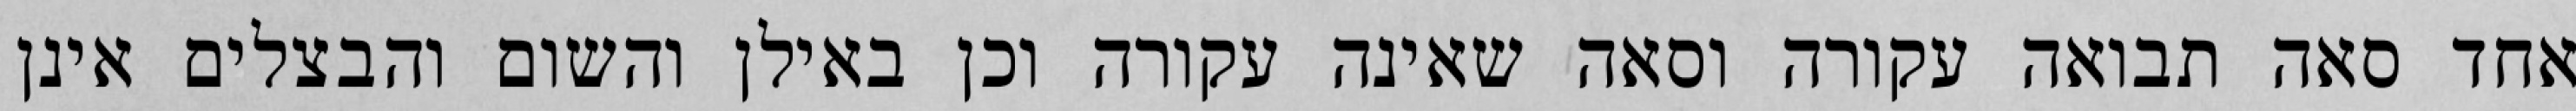
אחד סאה תבואה עקורה וסאה שאינה עקורה וכן באילן והשום והבצלים אינן